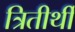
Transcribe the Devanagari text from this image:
त्रितीर्थी